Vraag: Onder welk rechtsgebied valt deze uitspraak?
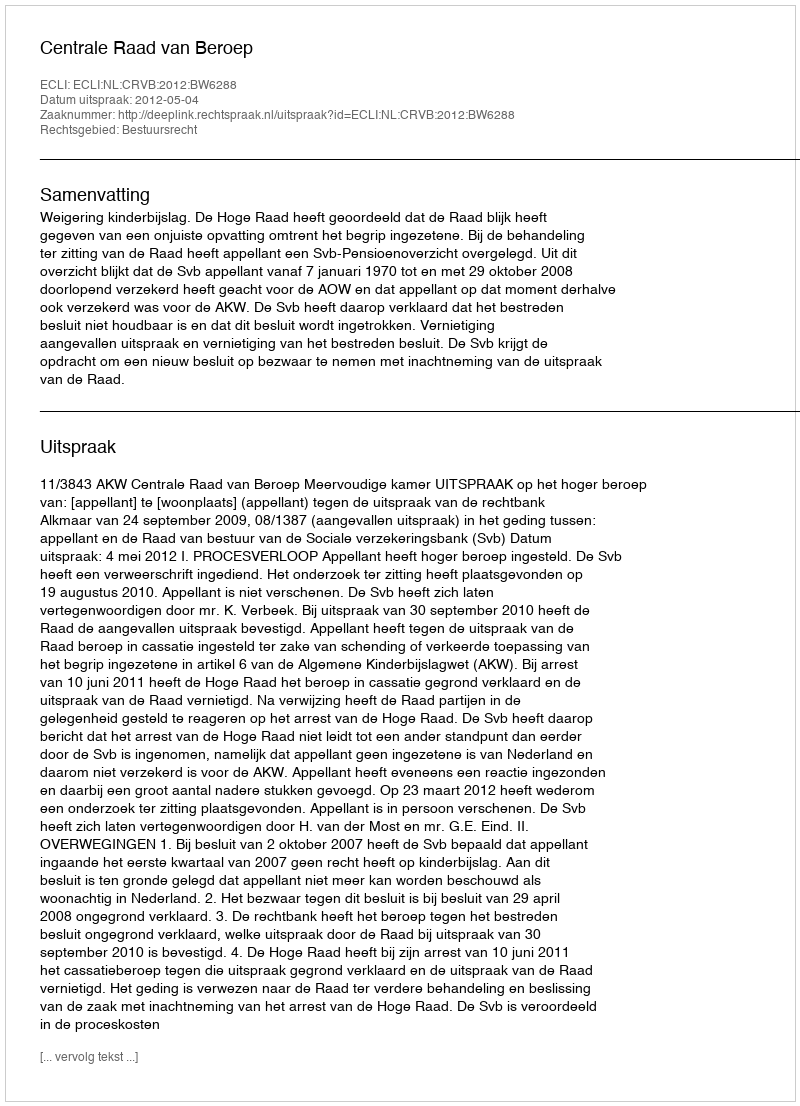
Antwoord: Bestuursrecht